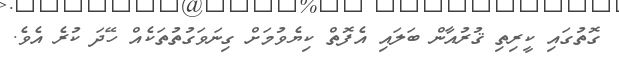
ގޮތުގައި ކީރިތި ޤުރުއާން ބަލައި އެފޮތް ކިޔެވުމަށް ގިނަވަގުތުތަކެއް ހޭދަ ކުރެ އެވެ.